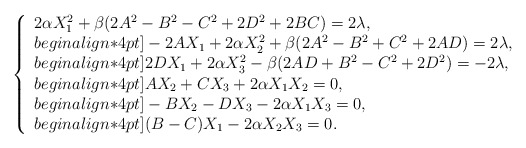
\begin{align*}\left\{\begin{array}{l}2 \alpha X_1^2+\beta(2A^2- B^2- C^2+2D^2+2BC)=2\lambda, \\begin{align*}4pt]-2A X_1+2 \alpha X_2^2+\beta(2A^2- B^2+ C^2+2AD)=2\lambda, \\begin{align*}4pt]2D X_1+2 \alpha X_3^2-\beta( 2AD+ B^2- C^2 +2D^2)=-2\lambda, \\begin{align*}4pt]A X_2 +C X_3 +2\alpha X_1X_2 =0, \\begin{align*}4pt]-B X_2 -D X_3 -2\alpha X_1X_3 =0, \\begin{align*}4pt](B-C) X_1-2\alpha X_2X_3 =0.\end{array}\right.\end{align*}